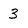
Character: 3